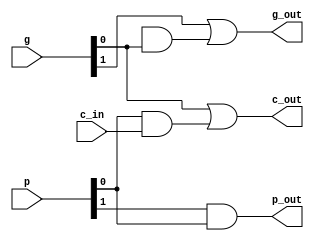
module gp (g, p, c_in, c_out, g_out, p_out);

	input [1:0] g, p;
	input c_in;
	
	output c_out, p_out, g_out;
	
	assign g_out = g[1] | P[1] & g[0];
	assign p_out = p[1] & p[0];
	assign c_out = g[0] | p[0] & c_in;

endmodule